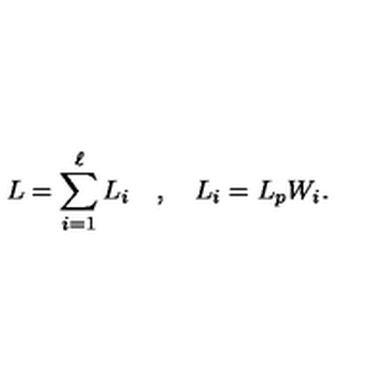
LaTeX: L = \sum _ { i = 1 } ^ { \ell } L _ { i } \quad , \quad L _ { i } = L _ { p } W _ { i } .